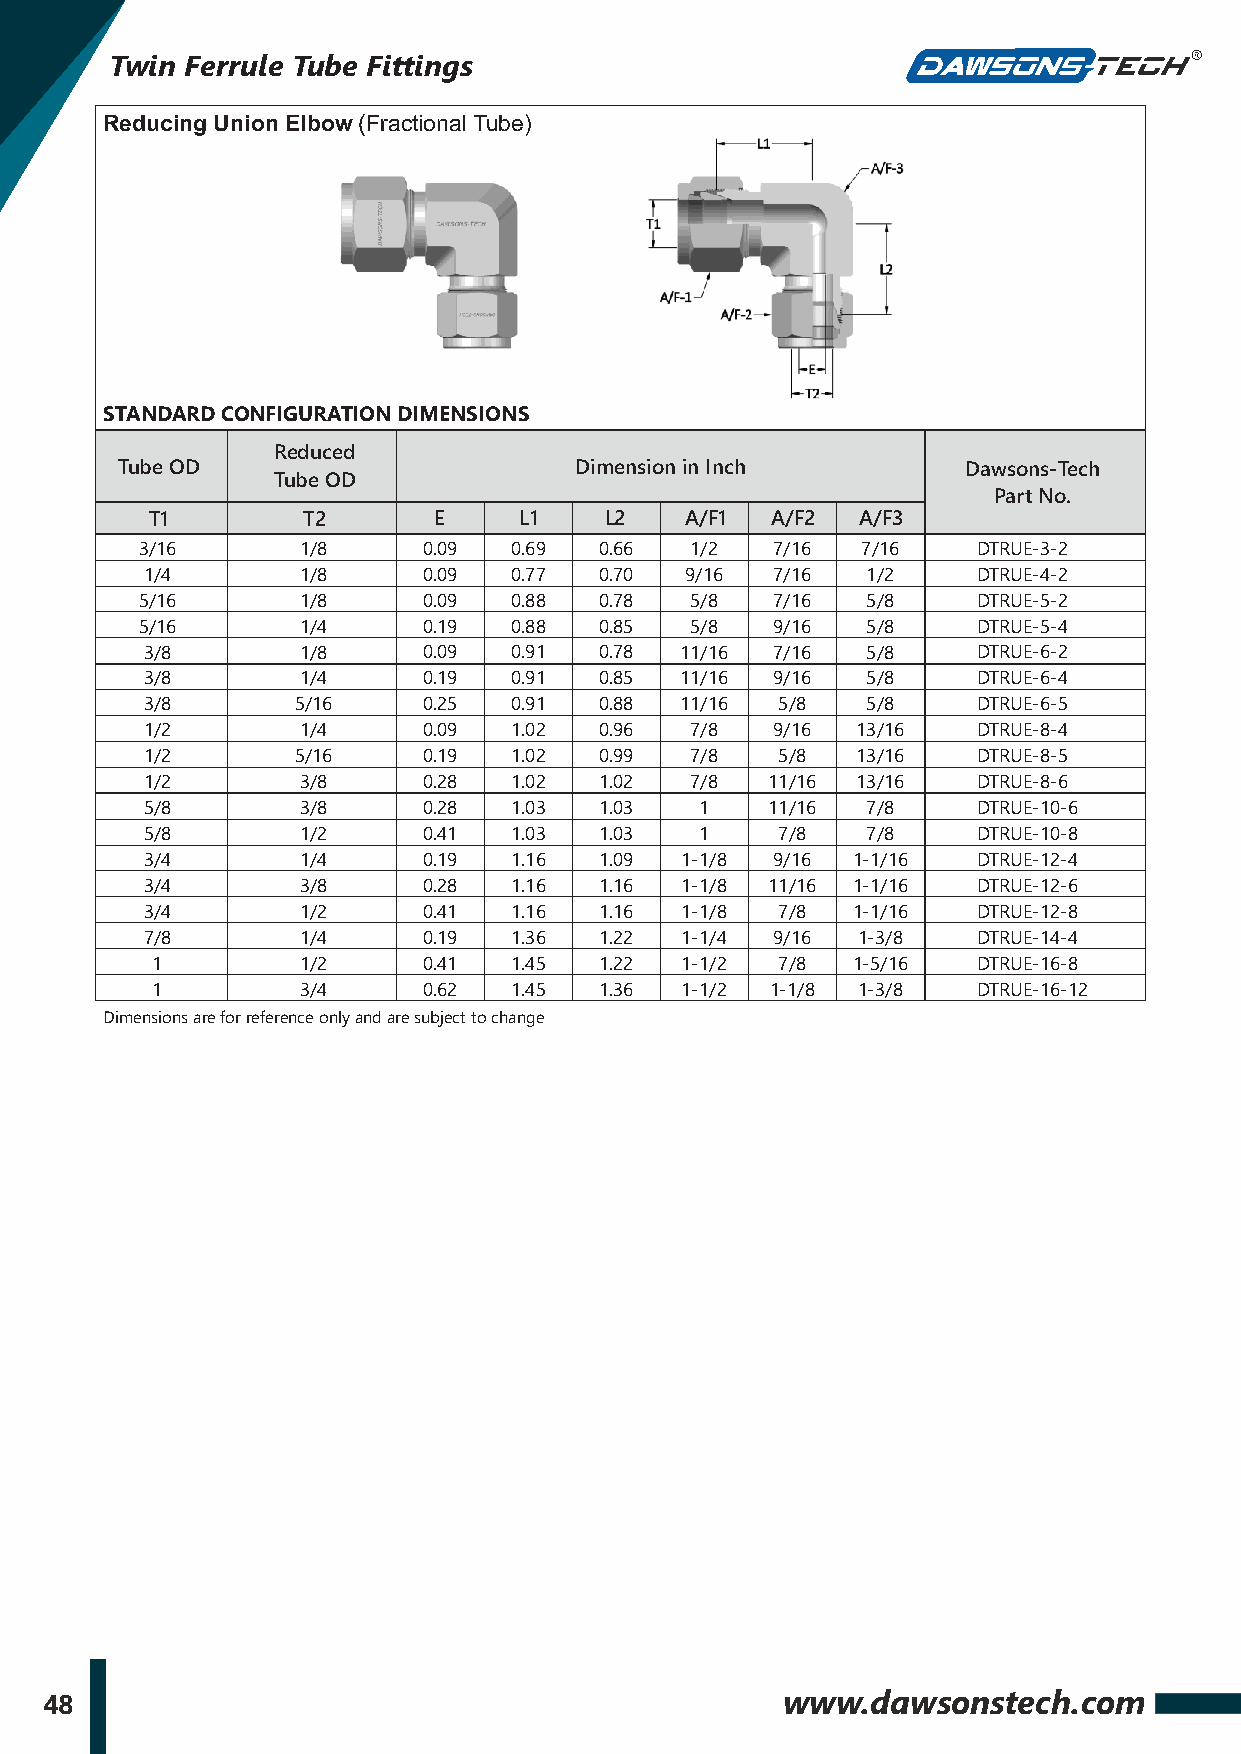
Twin Ferrule Tube Fittings
 Reducing Union Elbow (Fractional Tube)
 STANDARD CONFIGURATION DIMENSIONS
 Reduced
 Tube OD                       Dimension in Inch         Dawsons-Tech
 Tube OD
 Part No.
 T1        T2       E    L1    L2   A/F1  A/F2  A/F3
 3/16       1/8     0.09  0.69  0.66  1/2  7/16  7/16    DTRUE-3-2
 1/4       1/8     0.09  0.77  0.70 9/16  7/16  1/2     DTRUE-4-2
 5/16       1/8     0.09  0.88  0.78  5/8  7/16  5/8     DTRUE-5-2
 5/16       1/4     0.19  0.88  0.85  5/8  9/16  5/8     DTRUE-5-4
 3/8       1/8     0.09  0.91  0.78 11/16 7/16  5/8     DTRUE-6-2
 3/8       1/4     0.19  0.91  0.85 11/16 9/16  5/8     DTRUE-6-4
 3/8       5/16    0.25  0.91  0.88 11/16  5/8  5/8     DTRUE-6-5
 1/2       1/4     0.09  1.02  0.96  7/8  9/16  13/16   DTRUE-8-4
 1/2       5/16    0.19  1.02  0.99  7/8   5/8  13/16   DTRUE-8-5
 1/2       3/8     0.28  1.02  1.02  7/8  11/16 13/16   DTRUE-8-6
 5/8       3/8     0.28  1.03  1.03  1    11/16 7/8     DTRUE-10-6
 5/8       1/2     0.41  1.03  1.03  1     7/8  7/8     DTRUE-10-8
 3/4       1/4     0.19  1.16  1.09 1-1/8 9/16 1-1/16   DTRUE-12-4
 3/4       3/8     0.28  1.16  1.16 1-1/8 11/16 1-1/16  DTRUE-12-6
 3/4       1/2     0.41  1.16  1.16 1-1/8  7/8 1-1/16   DTRUE-12-8
 7/8       1/4     0.19  1.36  1.22 1-1/4 9/16  1-3/8   DTRUE-14-4
 1         1/2     0.41  1.45  1.22 1-1/2  7/8 1-5/16   DTRUE-16-8
 1         3/4     0.62  1.45  1.36 1-1/2 1-1/8 1-3/8   DTRUE-16-12
 Dimensions are for reference only and are subject to change
 48                                               www.dawsonstech.com